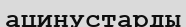
ацинустарды